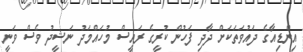
އިންޑިއާގެ ދައުވަތަކަށް ދާދި ފަހުން ކުރީގެ ރައީސް މުހައްމަދު ނަޝީދު ވެސް ވަނީ